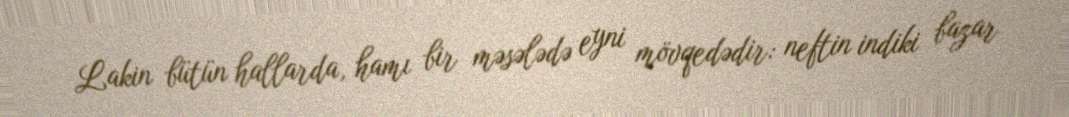
Lakin bütün hallarda, hamı bir məsələdə eyni mövqedədir: neftin indiki bazar